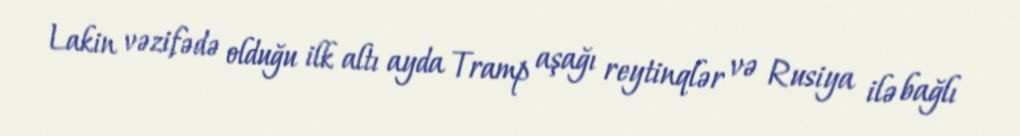
Lakin vəzifədə olduğu ilk altı ayda Tramp aşağı reytinqlər və Rusiya ilə bağlı